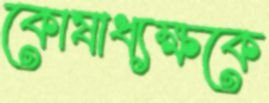
কোষাধ্যক্ষকে